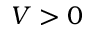
V > 0